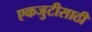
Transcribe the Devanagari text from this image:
एकजुटीसाठी